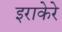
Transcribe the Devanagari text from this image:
इराकेरे